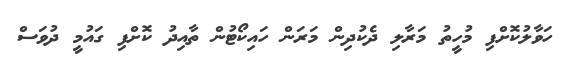
ހަވާލުކޮށްފި މުހީތު މަރާލި ދެކުދިން މަރަން ހައިކޯޓުން ތާއިދު ކޮށްފި ގައުމީ ދުވަސް